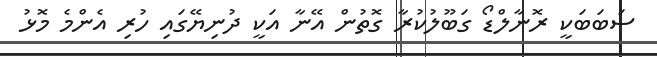
ސަބަބަކީ ރޮނާލްޑޯ ގަބޫލުކުރާ ގޮތުން އޭނާ އަކީ ދުނިޔޭގައި ހުރި އެންމެ މޮޅު